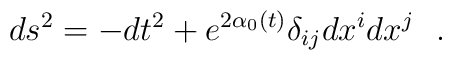
ds^2 =-dt^2+e^{2 \alpha_0(t)}  \delta_{ij} dx^i dx^j    \ \ .